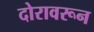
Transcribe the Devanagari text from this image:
दोरावरून